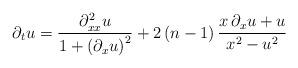
LaTeX: \begin{align*}\partial_{t}u=\frac{\partial_{xx}^{2}u}{1+\left(\partial_{x}u\right)^{2}}+2\left(n-1\right)\frac{x\,\partial_{x}u+u}{x^{2}-u^{2}}\end{align*}